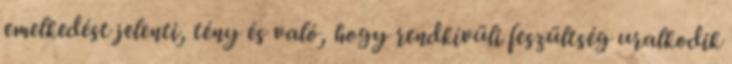
emelkedést jelenti, tény és való, hogy rendkívüli feszültség uralkodik